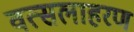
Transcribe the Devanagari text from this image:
वत्सलाहरण